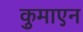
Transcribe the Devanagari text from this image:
कुमाएन